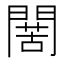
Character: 𮤙